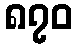
၈၇၀